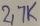
Text: 2,KK